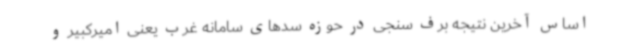
اساس آخرین نتیجه برف سنجی در حوزه سدهای سامانه غرب یعنی امیرکبیر و